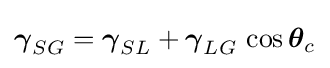
{\boldsymbol {\gamma }}_{SG}={\boldsymbol {\gamma }}_{SL}+{\boldsymbol {\gamma }}_{LG}~{\cos {{\boldsymbol {\theta }}_{c}}}